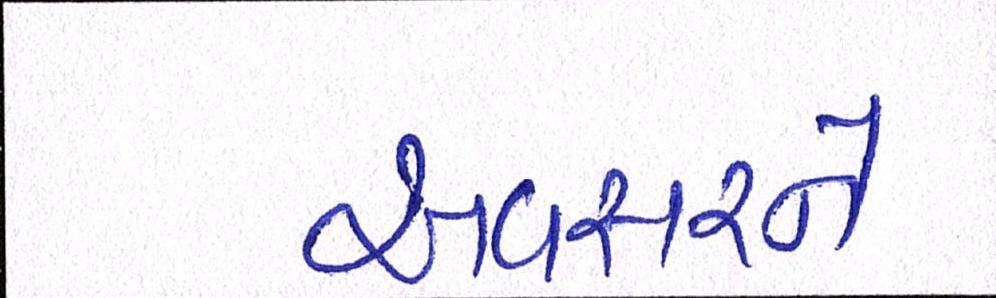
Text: અવસરને